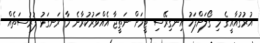
އުރުގުއާއީގެ މި ގޯލަށްފަހު އިނގިރޭސި ޓީމަށް ނަތީޖާ އެއްވަރުކުރާނެ މާ ރަނގަޅު ފުރުސަތެއް